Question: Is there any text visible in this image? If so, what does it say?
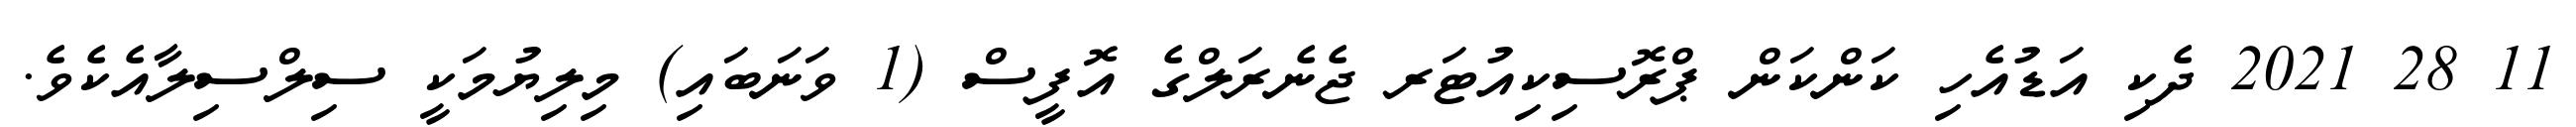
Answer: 11 28 2021 ދެކި އަޑުއެހި ކަންކަން ޕްރޮސިކިއުޓަރ ޖެނެރަލްގެ އޮފީސް (1 ވަނަބައި) މިލިޔުމަކީ ސިލްސިލާއެކެވެ.